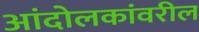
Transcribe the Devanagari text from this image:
आंदोलकांवरील